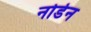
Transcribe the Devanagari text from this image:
नोर्डेन